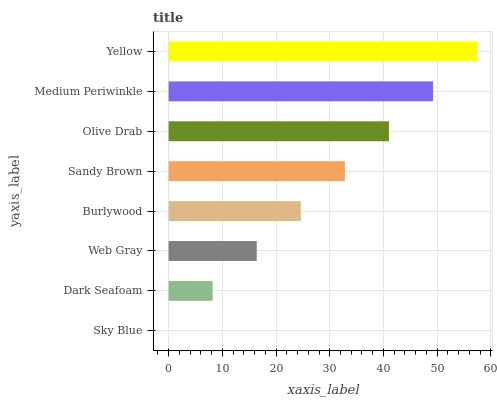
| yaxis_label | bars |
 | --- | --- |
 | Sky Blue | 0 |
 | Dark Seafoam | 8.2 |
 | Web Gray | 16.4 |
 | Burlywood | 24.6 |
 | Sandy Brown | 32.8 |
 | Olive Drab | 41 |
 | Medium Periwinkle | 49.2 |
 | Yellow | 57.4 |